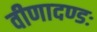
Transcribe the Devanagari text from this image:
वीणादण्डः